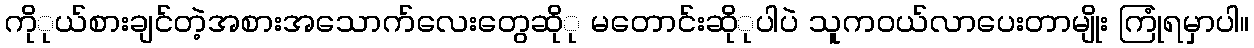
ကိုုယ်စားချင်တဲ့အစားအသောက်လေးတွေဆိုု မတောင်းဆိုုပါပဲ သူကဝယ်လာပေးတာမျိုး ကြုံရမှာပါ။